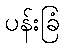
ပန်းခြံ